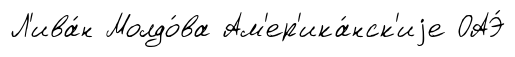
Л'ива́н Молдо́ва Ам'ер'ика́нск'иjе ОАЭ́